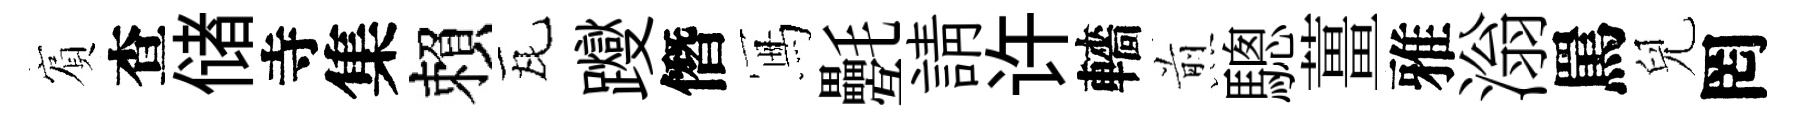
賔查储寺集賴瓦躞僭冩氎請许轖煎驄薑雅滃罵兒罔